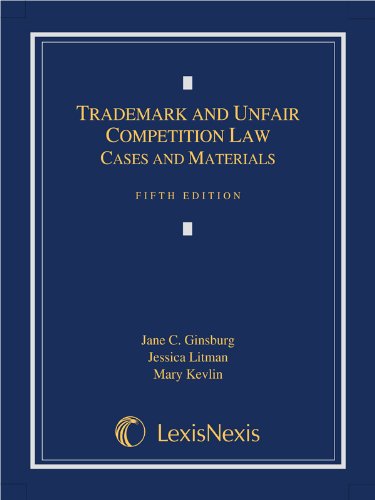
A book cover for Trademark and Unfair Competition Law: Cases and Materials; Jane C. Ginsburg; Law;